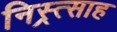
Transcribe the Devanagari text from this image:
निस्र्त्साह